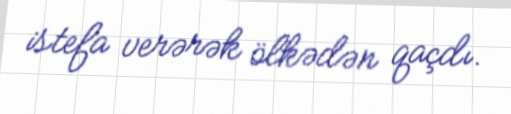
istefa verərək ölkədən qaçdı.